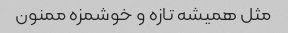
مثل همیشه تازه و خوشمزه ممنون